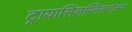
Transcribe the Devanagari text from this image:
ट्रायासिलग्लिसरोल्स